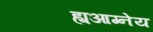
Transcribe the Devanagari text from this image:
ह्यआग्नेय